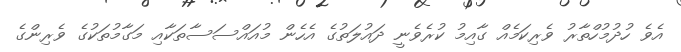
އެވެ ހުދުމުހްތާރު ވެރިކަމެއް ގާއިމު ކުރެވެނީ ދައުލަތުގެ އެހެން މުއައްސަސާތަކާއި މަގާމުތަކުގެ ވެރިންގެ